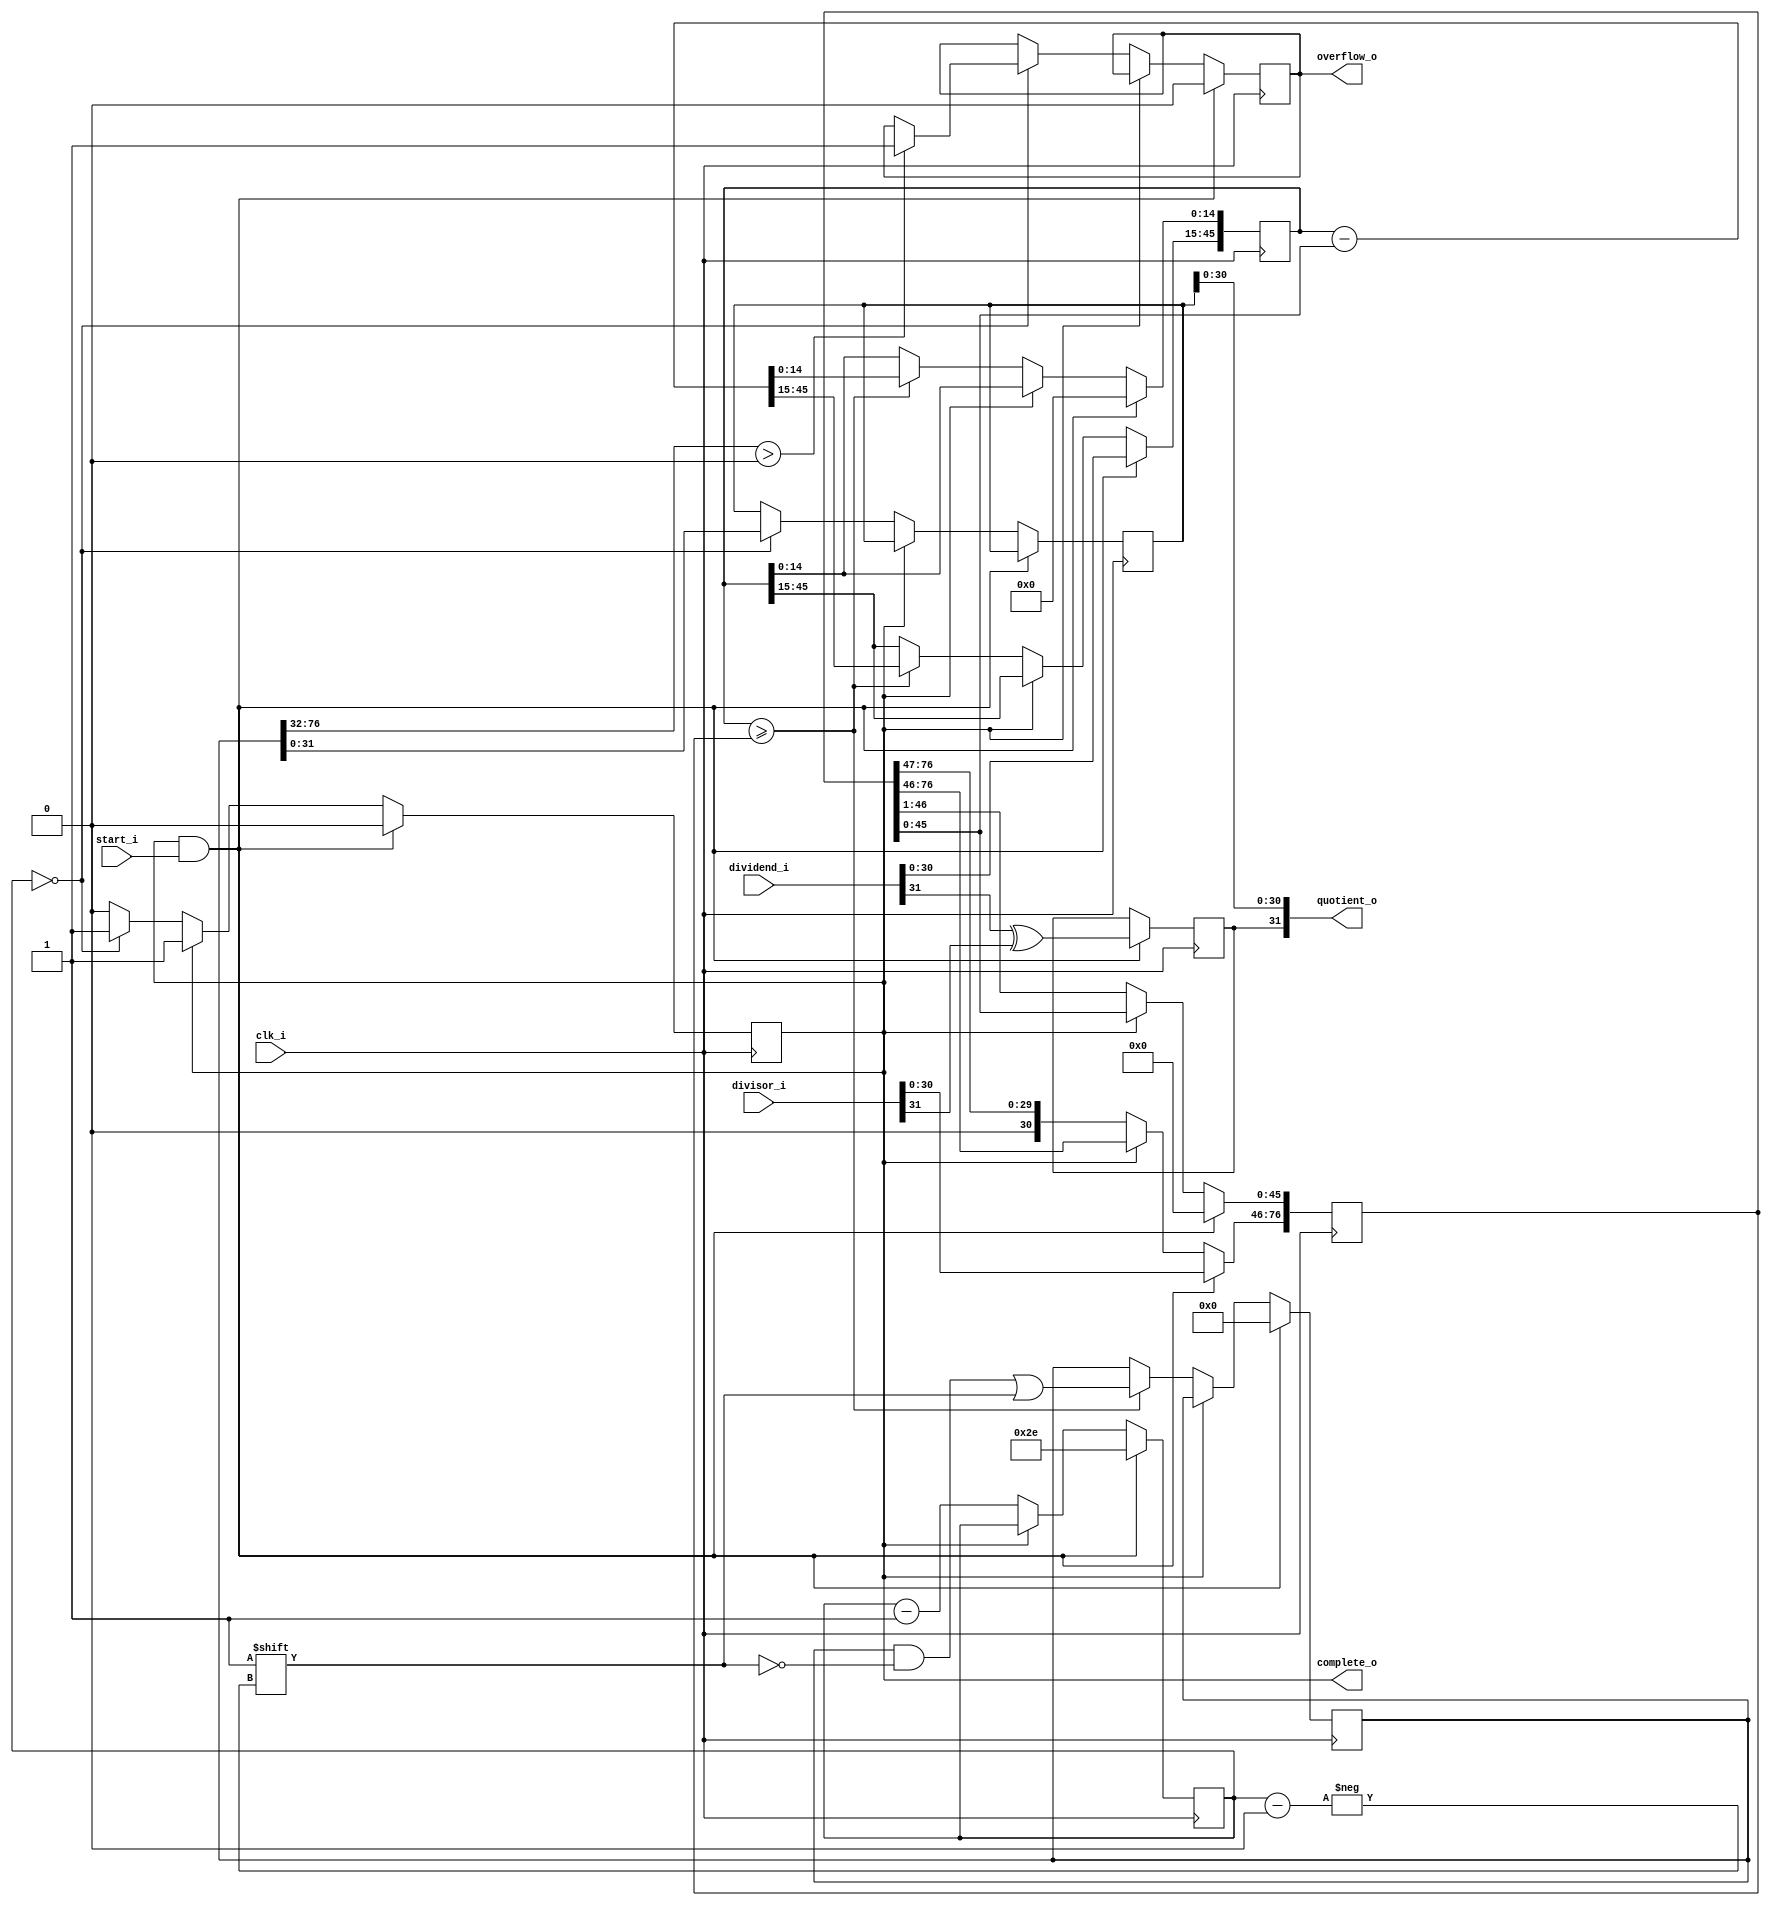
// Originally from https://github.com/freecores/verilog_fixed_point_math_library
// Modified to be readable

module fx_div #(
    parameter Q = 15,
    parameter N = 32
) (
    // Numbers
    input [N-1:0] dividend_i,
    input [N-1:0] divisor_i,

    output [N-1:0] quotient_o,

    // Flags
    input start_i,
    input clk_i,

    output complete_o,
    output overflow_o
);
  // Our working copy of the quotient
  reg [2*N+Q-3:0] reg_working_quotient = 0;

  // Final quotient  
  reg [N-1:0] reg_quotient = 0;

  // Working copy of the dividend
  reg [N-2+Q:0] reg_working_dividend = 0;

  // Working copy of the divisor
  reg [2*N+Q-3:0] reg_working_divisor = 0;

  // This is obviously a lot bigger than it needs to be, as we only need 
  // count to N-1+Q but, computing that number of bits requires a 
  // logarithm (base 2), and I don't know how to do that in a 
  // way that will work for everyone
  reg [N-1:0] reg_count = 0;

  //Computation completed flag
  //Initial state is to not be doing anything
  reg reg_done = 1'b1;

  //The quotient's sign bit
  //And the sign should be positive
  reg reg_sign = 1'b0;

  //Overflow flag
  //And there should be no overflow present
  reg reg_overflow = 1'b0;

  //The division results
  assign quotient_o[N-2:0] = reg_quotient[N-2:0];

  //The sign of the quotient
  assign quotient_o[N-1]   = reg_sign;

  assign complete_o        = reg_done;
  assign overflow_o        = reg_overflow;

  always @(posedge clk_i) begin
    if (reg_done && start_i) begin
      //This is our startup condition
      reg_done <= 1'b0;

      //Set the count
      reg_count <= N + Q - 1;

      //Clear out the quotient register
      reg_working_quotient <= 0;

      //Clear out the dividend register
      reg_working_dividend <= 0;

      //Clear out the divisor register 
      reg_working_divisor <= 0;

      //Clear the overflow register
      reg_overflow <= 1'b0;

      //Left-align the dividend in its working register
      reg_working_dividend[N+Q-2:Q] <= dividend_i[N-2:0];

      //Left-align the divisor into its working register
      reg_working_divisor[2*N+Q-3:N+Q-1] <= divisor_i[N-2:0];

      //Set the sign bit
      reg_sign <= dividend_i[N-1] ^ divisor_i[N-1];

    end else if (!reg_done) begin
      //Right shift the divisor (that is, divide it by two - aka reduce the divisor)
      reg_working_divisor <= reg_working_divisor >> 1;

      //Decrement the count
      reg_count <= reg_count - 1;

      if (reg_working_dividend >= reg_working_divisor) begin
        //If the dividend is greater than the divisor
        //Set the quotient bit
        reg_working_quotient[reg_count] <= 1'b1;

        //and subtract the divisor from the dividend
        reg_working_dividend <= reg_working_dividend - reg_working_divisor;
      end

      if (reg_count == 0) begin
        //stop condition
        //If we're done, it's time to tell the calling process
        reg_done     <= 1'b1;

        //Move in our working copy to the outside world
        reg_quotient <= reg_working_quotient;

        if (reg_working_quotient[2*N+Q-3:N] > 0) begin
          reg_overflow <= 1'b1;
        end else begin
          reg_count <= reg_count - 1;
        end
      end
    end
  end
endmodule